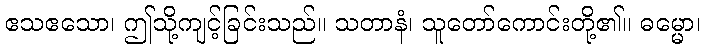
ဧသဧသော၊ ဤသို့ကျင့်ခြင်းသည်။ သတာနံ၊ သူတော်ကောင်းတို့၏။ ဓမ္မော၊